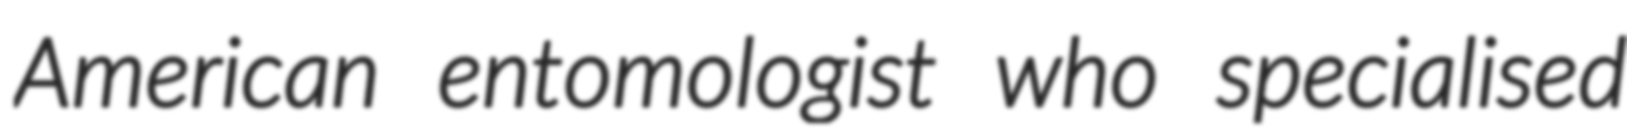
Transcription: American entomologist who specialised